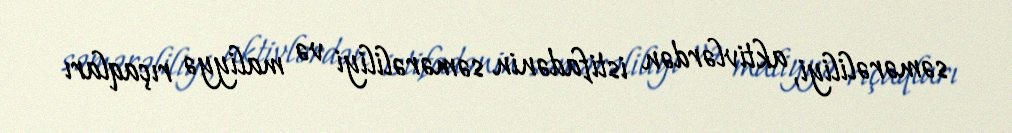
səmərəliliyi, aktivlərdən istifadənin səmərəliliyi və maliyyə rıçaqları